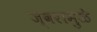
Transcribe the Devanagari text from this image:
ज्वरामुळे